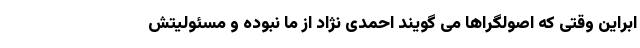
ابراین وقتی که اصولگراها می گویند احمدی نژاد از ما نبوده و مسئولیتش